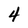
Character: 4